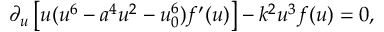
\partial _ { u } \left[ u ( u ^ { 6 } - a ^ { 4 } u ^ { 2 } - u _ { 0 } ^ { 6 } ) f ^ { \prime } ( u ) \right] - k ^ { 2 } u ^ { 3 } f ( u ) = 0 ,